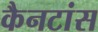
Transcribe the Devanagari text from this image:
कैनटांस